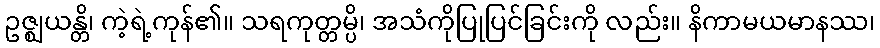
ဥဇ္ဈယန္တိ၊ ကဲ့ရဲ့ကုန်၏။ သရကုတ္တမ္ပိ၊ အသံကိုပြုပြင်ခြင်းကို လည်း။ နိကာမယမာနဿ၊